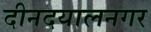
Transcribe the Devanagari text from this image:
दीनदयालनगर